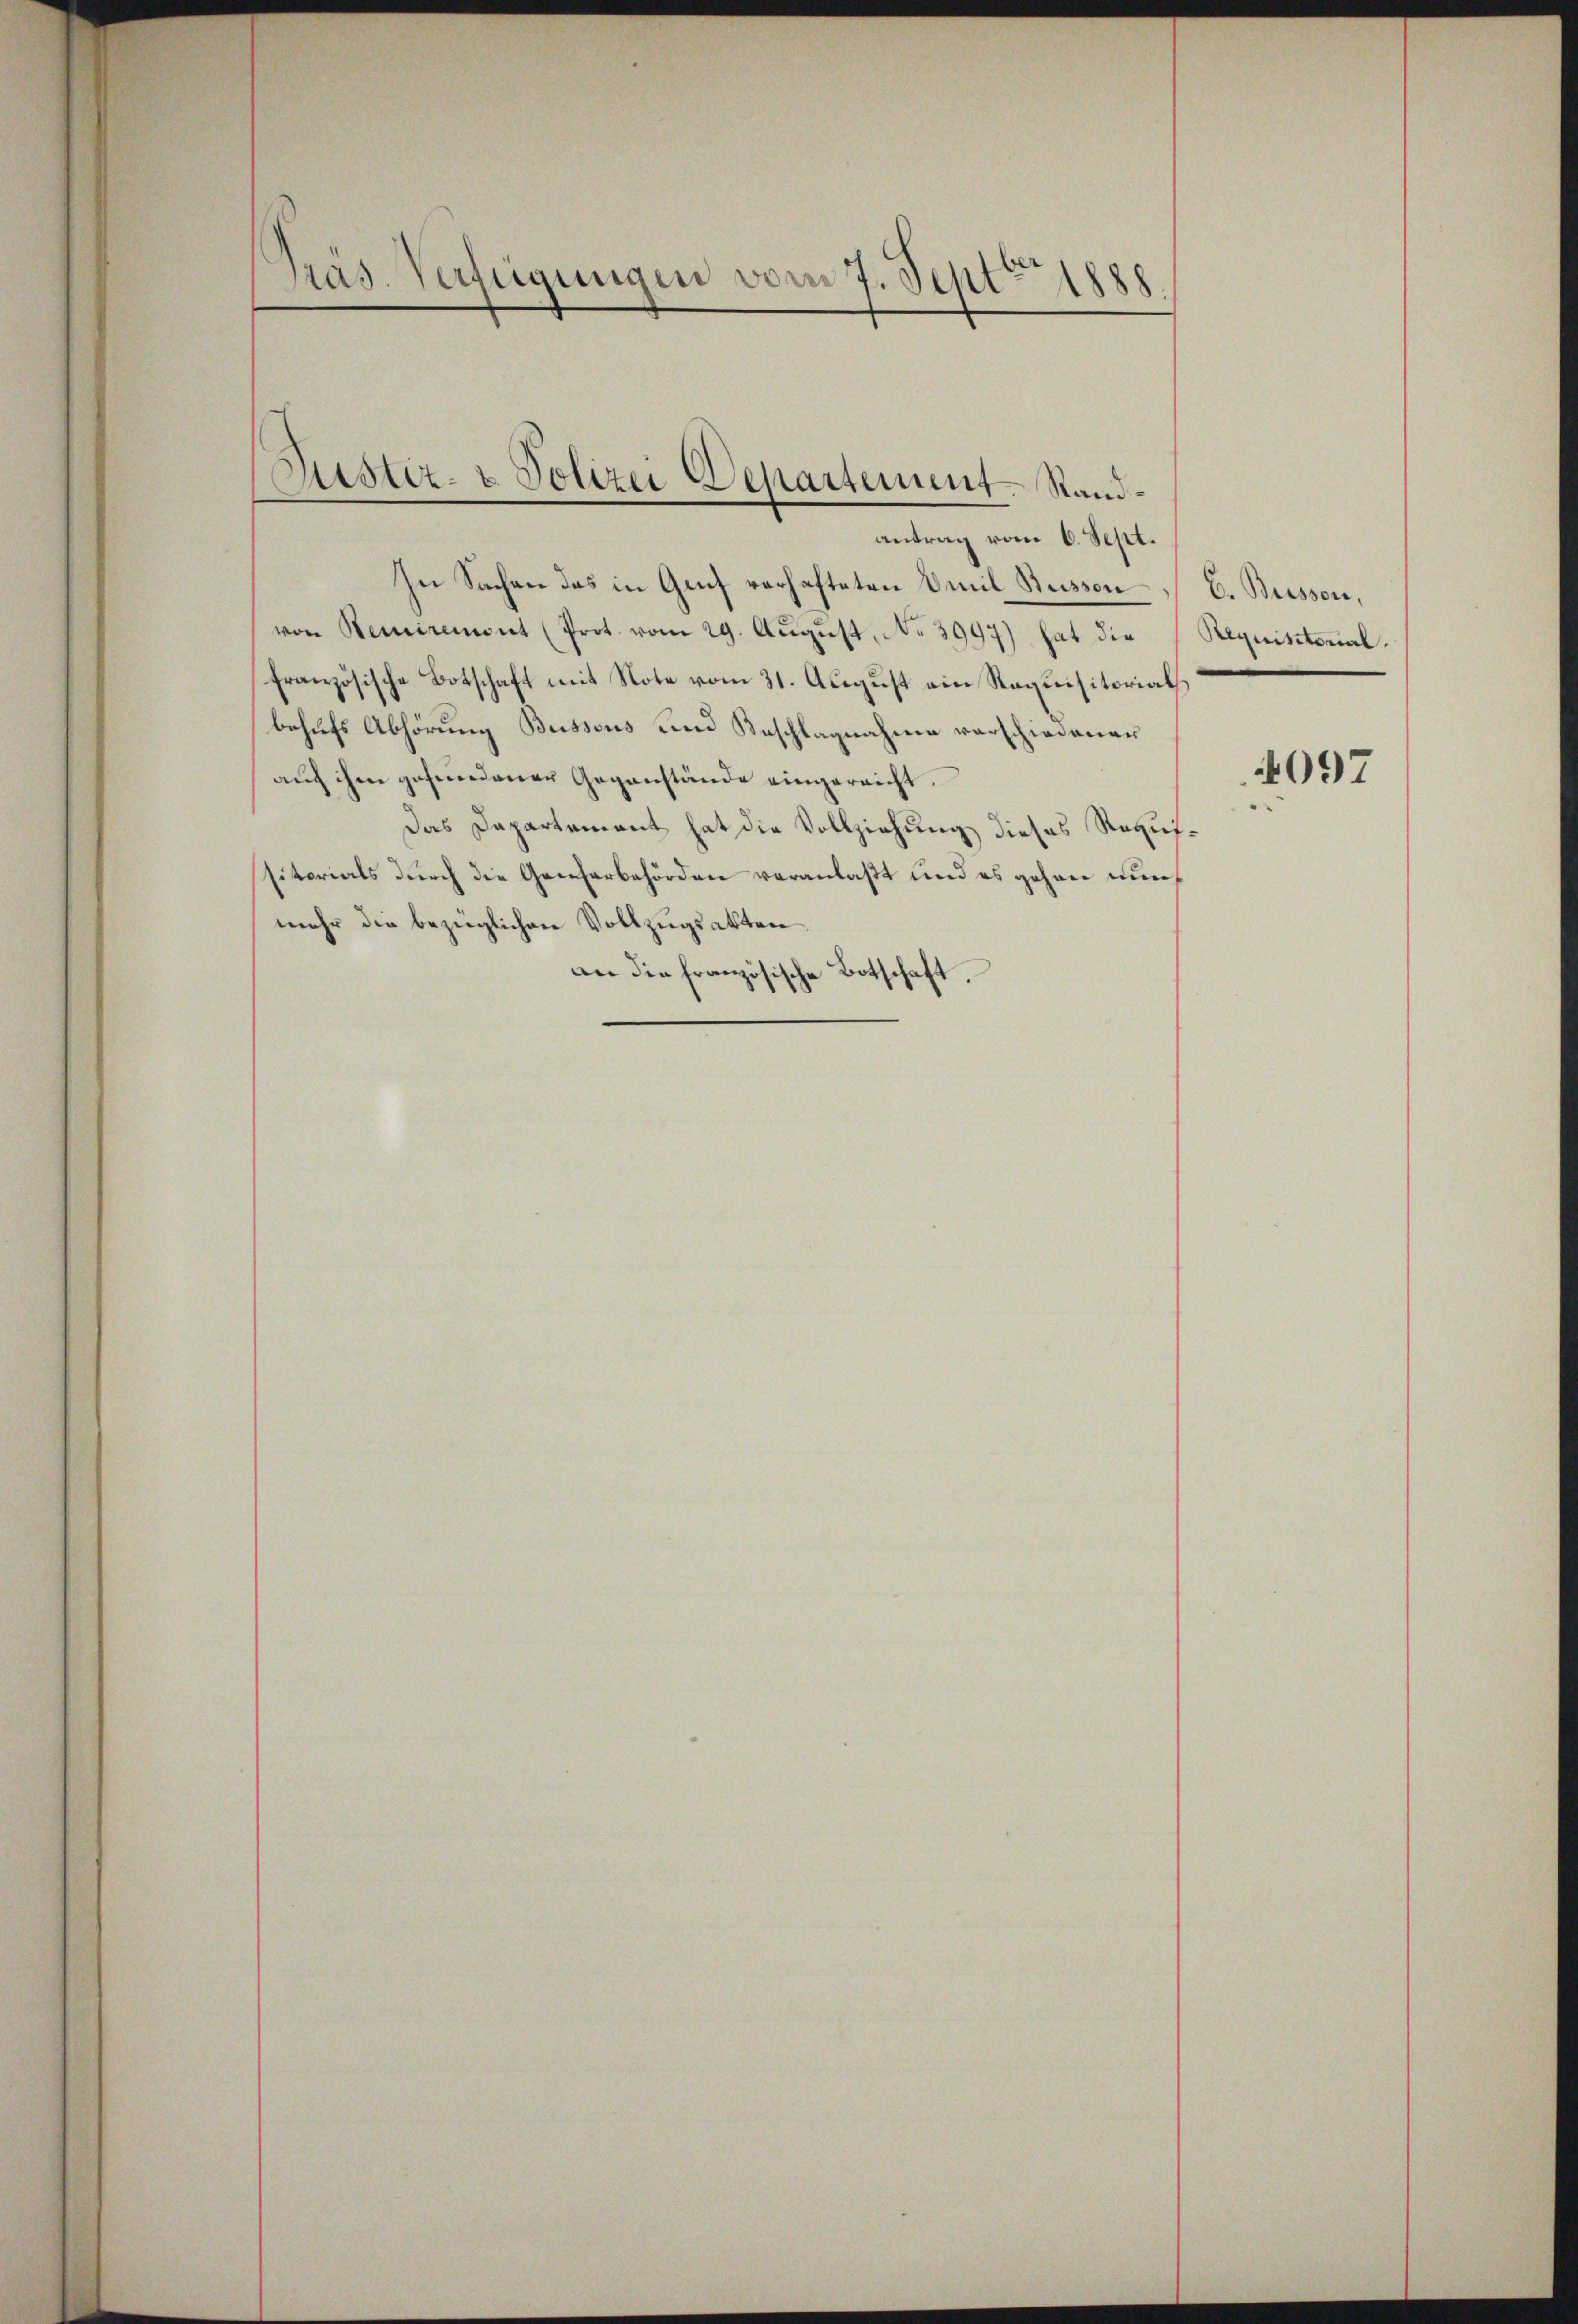
Präs. Verfügungen vom 7. Sept. 1888.

antrag vom 6. Sept.
In Sachen das in Genf verhafteten Emil Stusson C. Buisson,
von Semirement (Prot. vom 29. Aŭgŭst No 3997) hat die Requisitonalfranzösische Botschaft mit Note vom 31. August ein Requisitorials
behufs Abhörung Bussous und Beschlagnahme vorschiedener
auch ihm gefundener Gegenstände eingereicht.
Das Dapartement hat die Vollziehung dieses Requisitorials durch die Genfarbehörden veranlaßt und es gehen nu
mehr die bezüglichen Vollzugsakten
an die französische Botschaft.

ustiz- & Polizei Departement. Stand¬

4097